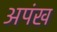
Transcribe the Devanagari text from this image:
अपंख